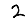
Digit: 2